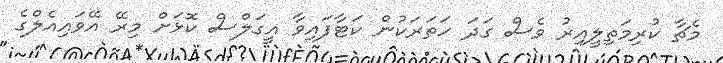
މެޗާ ކުރިމަތިލީއިރު ވެސް ގަދަ ހަތަރަކުން ކަޓާފައިވާ އީގަލްސް ކޮޅަށް މިރޭ އޭވައިއެލްގެ